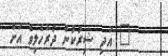
" އަދި ޝިރުކުން ދުރުހެލިވެ އަށް